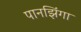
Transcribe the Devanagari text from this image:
पानझिंगा